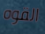
القوه